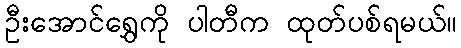
ဦးအောင်ရွှေကို ပါတီက ထုတ်ပစ်ရမယ်။